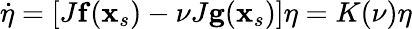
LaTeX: \dot{\mathbf{\eta}}=\left[J\mathbf{f}(\mathbf{x}_{s})-\nu J\mathbf{g}(\mathbf{x}_{s})\right]\mathbf{\eta}=K(\nu)\mathbf{\eta}